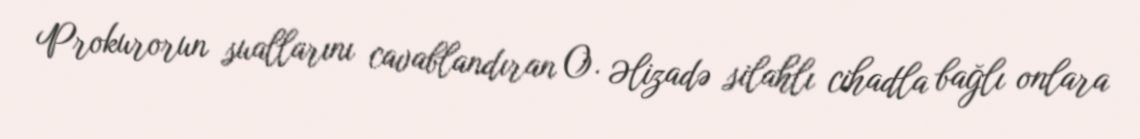
Prokurorun suallarını cavablandıran O. Əlizadə silahlı cihadla bağlı onlara